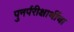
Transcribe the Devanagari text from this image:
पुनर्परीक्षार्थीचा